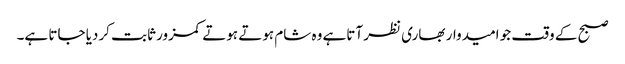
صبح کے وقت جو امیدوار بھاری نظر آتاہے وہ شام ہوتے ہوتے کمزور ثابت کردیا جاتا ہے۔